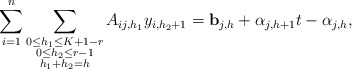
\begin{align*} \sum_{i=1}^n \sum_{\substack{0 \le h_1 \le K+1-r \\ 0 \le h_2 \le r-1 \\ h_1 + h_2 = h}} A_{ij,h_1} y_{i, h_2+1} &= \mathbf{b}_{j, h} + \alpha_{j, h+1} t - \alpha_{j, h}, \end{align*}